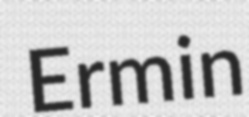
Ermin